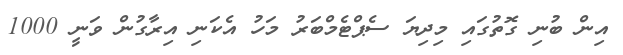
އިން ބުނި ގޮތުގައި މިދިޔަ ސެޕްޓެމްބަރު މަހު އެކަނި އިރާގުން ވަނީ 1000